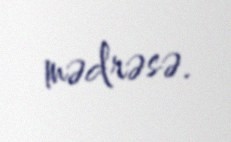
mədrəsə.